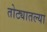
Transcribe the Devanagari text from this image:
तोट्यातल्या